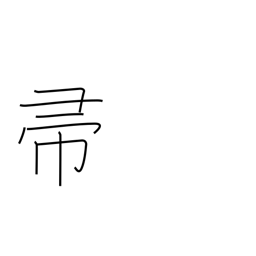
Meaning: broom